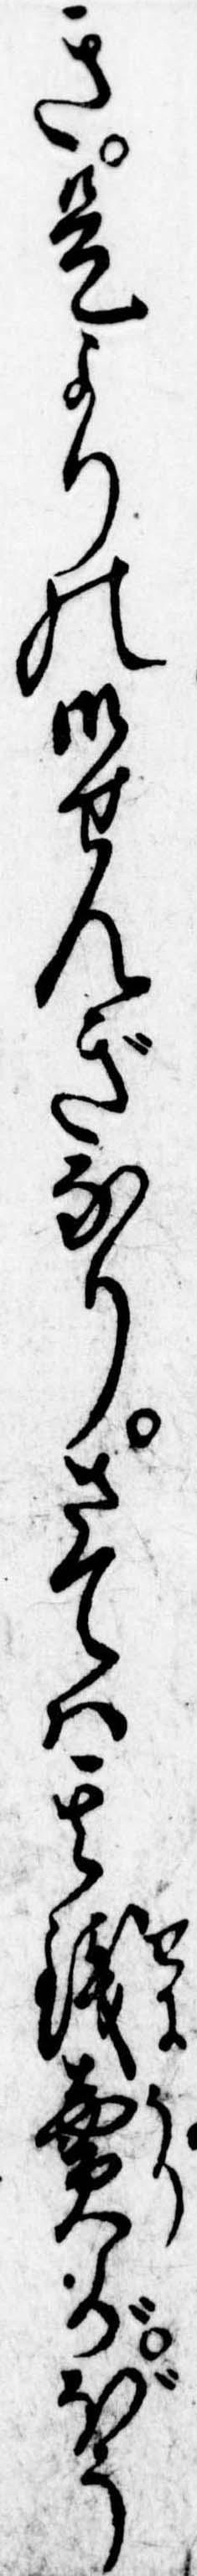
き是よりの御せんぎなりさては其銭売がぼう